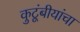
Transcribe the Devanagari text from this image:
कुटूंबीयांचा